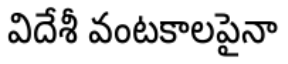
విదేశీ వంటకాలపైనా